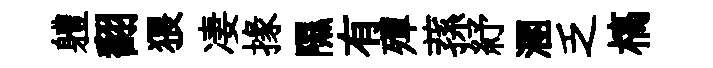
軆翻猥凄掾隰有殫蓀紓溷乏槁